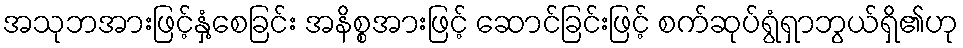
အသုဘအားဖြင့်နှံ့စေခြင်း အနိစ္စအားဖြင့် ဆောင်ခြင်းဖြင့် စက်ဆုပ်ရွံရှာဘွယ်ရှိ၏ဟု